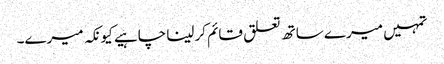
تمہیں میرے ساتھ تعلق قائم کرلینا چاہیے کیونکہ میرے۔